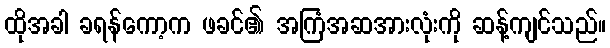
ထိုအခါ ခရန်ကော့က ဖခင်၏ အကြံအဆအားလုံးကို ဆန့်ကျင်သည်။